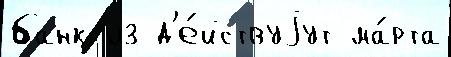
банк из д'е́йствуjут ма́рта